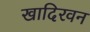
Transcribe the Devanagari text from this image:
खादिरवन